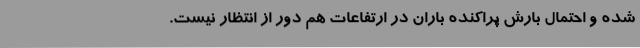
شده و احتمال بارش پراکنده باران در ارتفاعات هم دور از انتظار نیست.